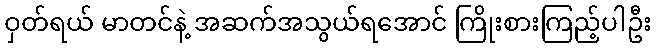
ဝှတ်ရယ် မာတင်နဲ့ အဆက်အသွယ်ရအောင် ကြိုးစားကြည့်ပါဦး